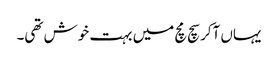
یہاں آکر سچ مچ میں بہت خوش تھی۔